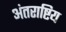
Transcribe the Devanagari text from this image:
अंतराष्टिय